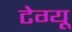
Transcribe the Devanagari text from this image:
टेग्यू